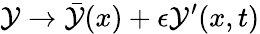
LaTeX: \mathcal{Y}\rightarrow{\bar{{\mathcal{Y}}}}(x)+\epsilon\mathcal{Y}^{\prime}(x,t)